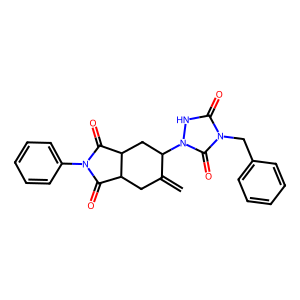
SMILES: C=C1CC2C(=O)N(c3ccccc3)C(=O)C2CC1n1[nH]c(=O)n(Cc2ccccc2)c1=O
Inhibits HIV replication: No